Lunatic asylums Madras 1892-1911 - 1892-1911
Year: 1892
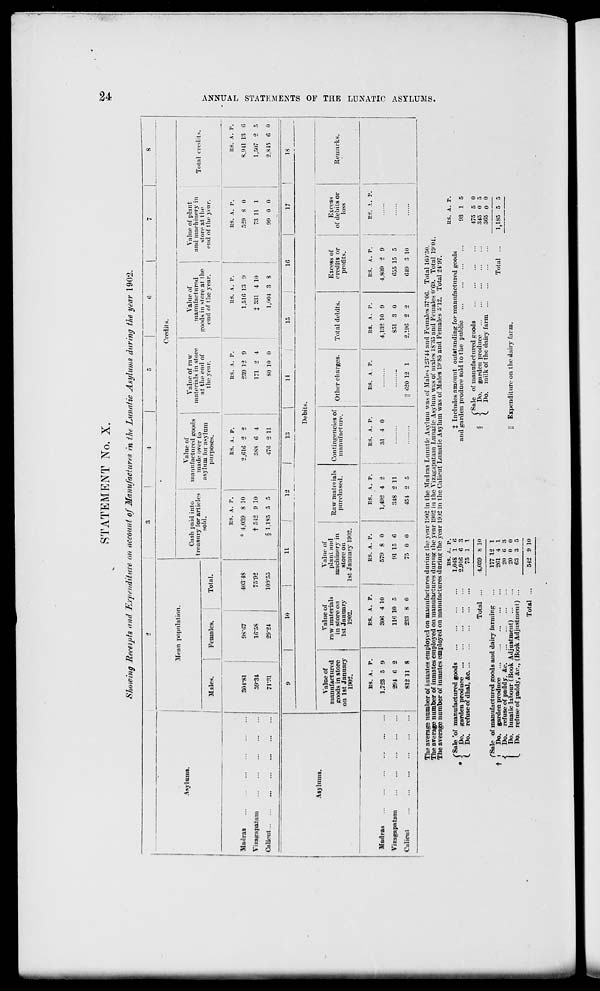
STATEMENT No. X.
Showing Receipts and Expenditure on account of Manufactures in the Lunatic Asylums during the year 1902.
Asylums.
Madras
Vizagapatam
Calicut
Asylums.
Madras
Vizagapatam
Calicut
Mean population.
Males.
Females.
Tola!.
Credits.
Cash paid into
treasury for articles
sold.
Value of
manufactured goods
made over to
asylum for asylum
purposes.
Value of raw
materials in store
at the cud of
the year.
Value of
manufactured
goods iu store at the
end of the year.
Value of plant
and machinery in
store at the
end of the year.
301-81
.-•0-3I
71*31
98-07
1G-5S
29-21
4(13-48
75-92
lorr.d
US. A. P.
* 1,039 8 10
t ."12 9 10
§ 1,185 5 5
RS. A. P.
2,010 2 2
3SS 0 4
470 2 11
RS. A. P.
239 12 9
171 2 4
80 10 0
KS. A. P.
1,516 13 9
t SSI 4 lo
1,004 3 S
Its. A. P.
529 8 0
73 11 1
99 0 0
!l
10
11
13
14
15
10
17
Debits.
Value of
manufactured
jroods in store
on 1st January
1902.
Value of
raw materials
in store OJI
1st January
1902.
Value of
plant and
machinery in
store on
I 1st January 1902.
Raw materials
purchased.
Contingencies of
manufacture.
Other charges.
Total debits.
Excess of
credits or
profits.
Excess
of debits or
loss
BS. A. P.
1.723 5 9
294 0 2
812 11 8
ES. A. P.
300 4 10
110 10 5
233 8 0
ES. A. P.
579 8 0
91 15 0
75 0 0
ES. A. P.
1,492 4 2
348 2 11
451 2 5
ES. A. P.
81 4 0
ES. A. P.
020 12 1
RS. A. P.
4,132 10 9
851 3 0
2,190 2 2
ES. A. P.
4,809 2 9
055 15 5
019 3 10
The average number of inmates employed on manufactures during the year 1902 in the .Madras Lunatic Asylum was of .Males 123-41 and Females 37*06. Total 160*50
The average number of inmates employed on manufactures during the year 1902 in the Vizag.ipatam Lunatic Asylum was of males 18*85 and Females 0*69. Total 19
The average number of inmates employed on manufactures during the year 19)2 in the Calicut Lunatic Asylum was of Males 19'85 and Females 5*12. Total 21'97.
01.
|Sa 'Sale 'of manufactured goods
*
Do. garden produce
Do. refuse of dhal, &c....
Total
f Sale of manufactured goods and dairy farming
t t
Do. garden produce
Do. refuse of paddy. &c
Do. lunatic laltour (Book Adjustment)
Do. refuse of paddy, &c., (Book Adjustment) ...
Total ...
1
ES. A. P.
1.04S 1 6
2,910 0 3
75 1 1
4,039 8 10
177 12 1
201 1 1
20 6 3
20 n 0
63 3 5
542 9 10
t Includes amount outstanding for manufactured goods
and garden produce sold to the public
...
{
Sale of manufactured goods
Do. garden produce
Do. milk of the dairy farm
RS. A. r.
93 1 5
475 5 0
345 0 .)
305 0 (i
Total
1.185 5 5
Expenditure on the dairy farm.
Total credits.
RS. A. P.
8,941 13 6
1,507 2 5
2,845 6 0
IS
Remarks.
fcq
W
O
H
H
a
H
d